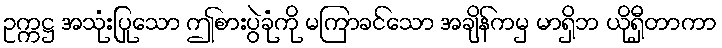
ဥက္ကဋ္ဌ အသုံးပြုသော ဤစားပွဲခုံကို မကြာခင်သော အချိန်ကမှ မာရှိဘ ယိုရှီတာကာ